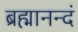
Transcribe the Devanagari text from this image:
ब्रह्मानन्दं